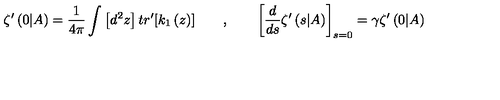
\zeta ^ { \prime } \left( 0 | A \right) = \frac { 1 } { 4 \pi } \int \left[ d ^ { 2 } z \right] t r ^ { \prime } [ k _ { 1 } \left( z \right) ] \qquad , \qquad \left[ \frac { d } { d s } \zeta ^ { \prime } \left( s | A \right) \right] _ { s = 0 } = \gamma \zeta ^ { \prime } \left( 0 | A \right)